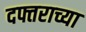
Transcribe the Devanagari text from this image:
दफ्तराच्या